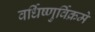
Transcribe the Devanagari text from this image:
वर्धिष्णुर्विक्रमे